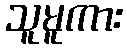
သူမူကား